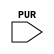
// --------------------------------------------------------------------
// >>>>>>>>>>>>>>>>>>>>>>>>> COPYRIGHT NOTICE <<<<<<<<<<<<<<<<<<<<<<<<<
// --------------------------------------------------------------------
// Copyright (c) 2005 by Lattice Semiconductor Corporation
// --------------------------------------------------------------------
//
//
//                     Lattice Semiconductor Corporation
//                     5555 NE Moore Court
//                     Hillsboro, OR 97214
//                     U.S.A.
//
//                     TEL: 1-800-Lattice  (USA and Canada)
//                          1-408-826-6000 (other locations)
//
//                     web: http://www.latticesemi.com/
//
// --------------------------------------------------------------------
//
// Simulation Library File for SC
//
// $Header: /home/dmsys/pvcs/RCSMigTest/rcs/verilog/pkg/versclibs/data/orca5/RCS/PUR.v,v 1.3 2005/05/19 19:06:59 pradeep Exp $ 
//
`resetall
`timescale 1 ns / 1 ps
`celldefine

module PUR (PUR);
  input PUR;
parameter RST_PULSE = 1;

reg PURNET;

initial
begin
 PURNET = 1'b0;
 #RST_PULSE
 PURNET = 1'b1;
end

endmodule
`endcelldefine